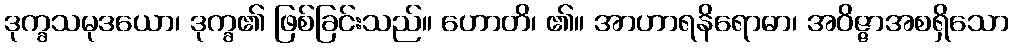
ဒုက္ခသမုဒယော၊ ဒုက္ခ၏ ဖြစ်ခြင်းသည်။ ဟောတိ၊ ၏။ အာဟာရနိရောဓာ၊ အဝိဇ္ဇာအစရှိသော